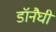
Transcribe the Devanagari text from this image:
डॉनैघी